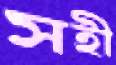
সহী